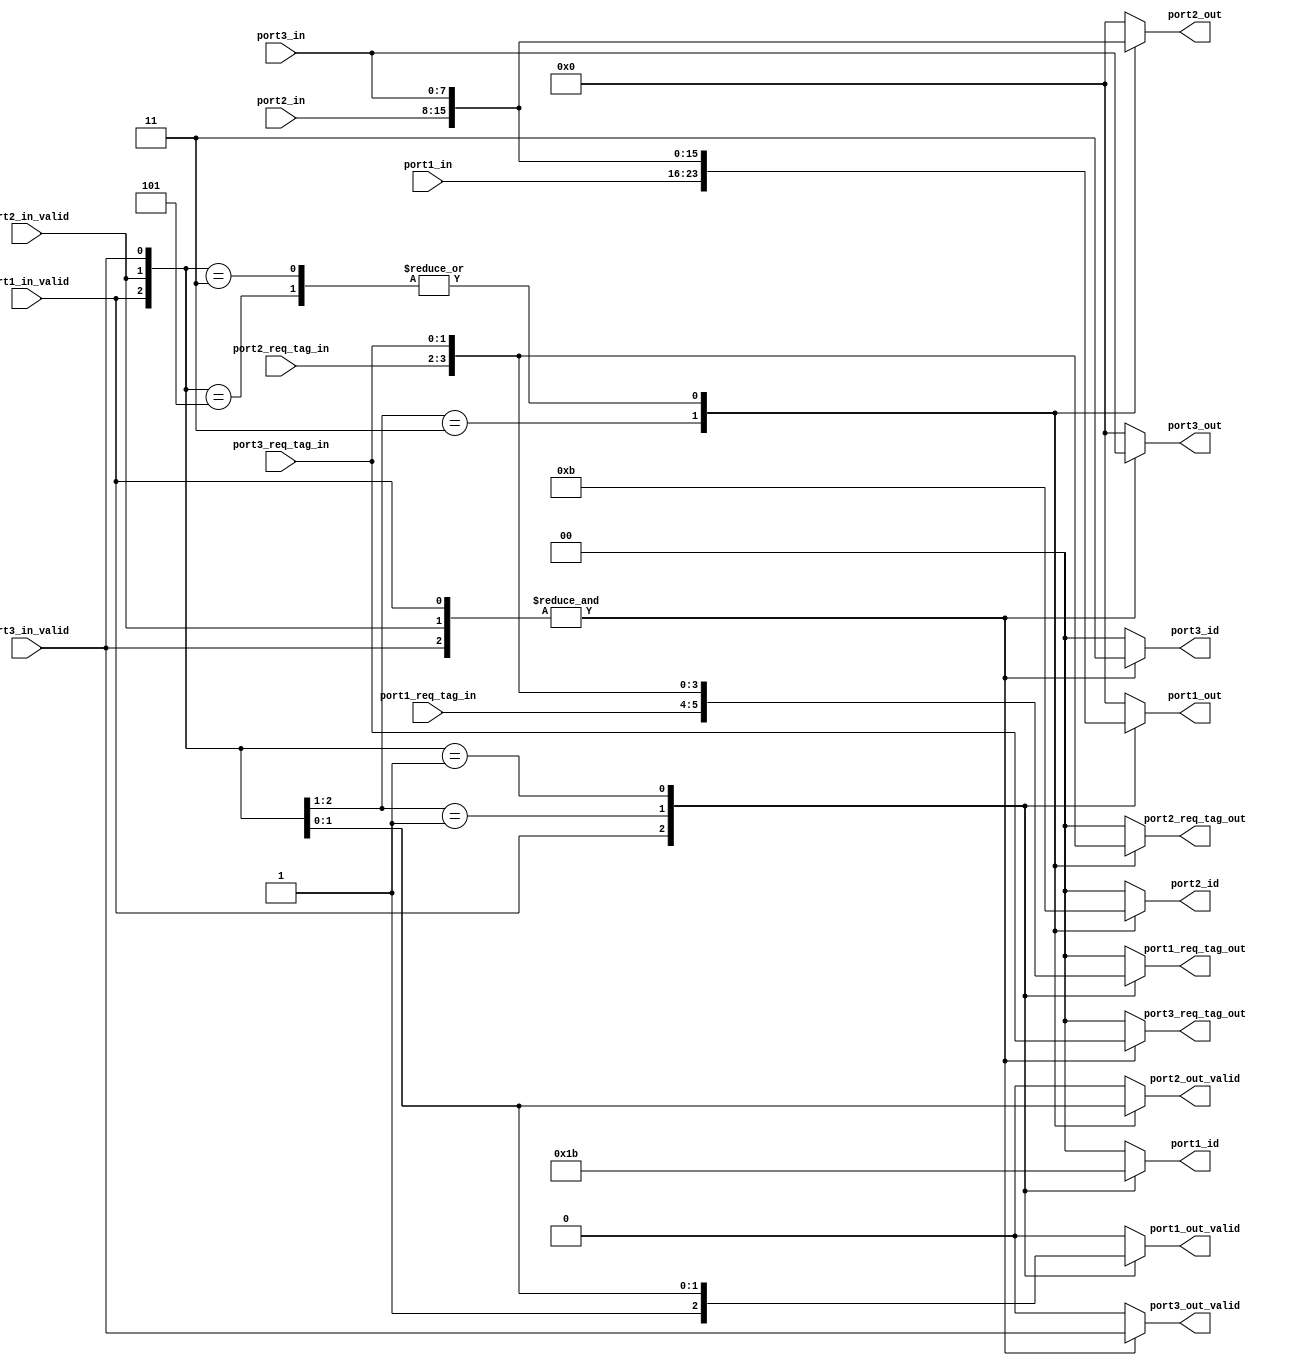
`timescale 1ns / 1ps
//////////////////////////////////////////////////////////////////////////////////
// Company: 
// Engineer: 
// 
// Design Name: 
// Module Name: validity_filter
// Project Name: 
// Target Devices: 
// Tool Versions: 
// Description: 
// 
// Dependencies: 
// 
// Revision:
// Revision 0.01 - File Created
// Additional Comments:
// 
//////////////////////////////////////////////////////////////////////////////////


module validity_filter #(parameter WIDTH=8) (
    input   wire    [WIDTH-1:0]     port1_in,
    input   wire    [1:0]           port1_req_tag_in,
    input   wire                    port1_in_valid,
    input   wire    [WIDTH-1:0]     port2_in,
    input   wire    [1:0]           port2_req_tag_in,
    input   wire                    port2_in_valid,
    input   wire    [WIDTH-1:0]     port3_in,
    input   wire    [1:0]           port3_req_tag_in,
    input   wire                    port3_in_valid,
    
    output  reg     [1:0]           port1_id,
    output  reg     [1:0]           port1_req_tag_out,                 
    output  reg     [WIDTH-1:0]     port1_out,
    output  reg                     port1_out_valid,
    output  reg     [1:0]           port2_id,
    output  reg     [1:0]           port2_req_tag_out,
    output  reg     [WIDTH-1:0]     port2_out,
    output  reg                     port2_out_valid,
    output  reg     [1:0]           port3_id,
    output  reg     [1:0]           port3_req_tag_out,
    output  reg     [WIDTH-1:0]     port3_out,
    output  reg                     port3_out_valid    
);

localparam PORT_ID_1       = 1;
localparam PORT_ID_2       = 2;    
localparam PORT_ID_3       = 3;
localparam PORT_ID_INVALID = 0;
    
    always @ (*) begin
        casez({port1_in_valid, port2_in_valid, port3_in_valid})
            3'b1??  :   begin
                port1_out           = port1_in;
                port1_out_valid     = port1_in_valid;
                port1_id            = PORT_ID_1;
                port1_req_tag_out   = port1_req_tag_in;
            end
            3'b01?  : begin
                port1_out           = port2_in;
                port1_out_valid     = port2_in_valid;
                port1_id            = PORT_ID_2;
                port1_req_tag_out   = port2_req_tag_in;
            end
            3'b001 : begin
                port1_out           = port3_in;
                port1_out_valid     = port3_in_valid;
                port1_id            = PORT_ID_3;
                port1_req_tag_out   = port3_req_tag_in;
            end
            default : begin
                port1_out           = 0;
                port1_out_valid     = 0;
                port1_id            = 0;
                port1_req_tag_out   = 0;
            end    
        endcase
        
        casez({port1_in_valid, port2_in_valid, port3_in_valid})
            3'b11?  :   begin
                port2_out           = port2_in;
                port2_out_valid     = port2_in_valid;
                port2_id            = PORT_ID_2;
                port2_req_tag_out   = port2_req_tag_in;
            end
            3'b011, 3'b101  : begin
                port2_out           = port3_in;
                port2_out_valid     = port3_in_valid;
                port2_id            = PORT_ID_3;
                port2_req_tag_out   = port3_req_tag_in;
            end
            default : begin
                port2_out           = 0;
                port2_out_valid     = 0;
                port2_id            = 0;
                port2_req_tag_out   = 0;
            end    
        endcase
        
        case(&({port1_in_valid, port2_in_valid, port3_in_valid}))
            1'b1    :   begin
                port3_out           = port3_in;
                port3_out_valid     = port3_in_valid;
                port3_id            = PORT_ID_3;
                port3_req_tag_out   = port3_req_tag_in;
            end

            default : begin
                port3_out           = 0;
                port3_out_valid     = 0;
                port3_id            = 0;
                port3_req_tag_out   = 0;
            end
        endcase
    end

endmodule